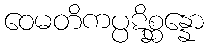
ဝေမတိကပ္ပဋိစ္ဆန္နော